Leaving Certificate Examination, 1918
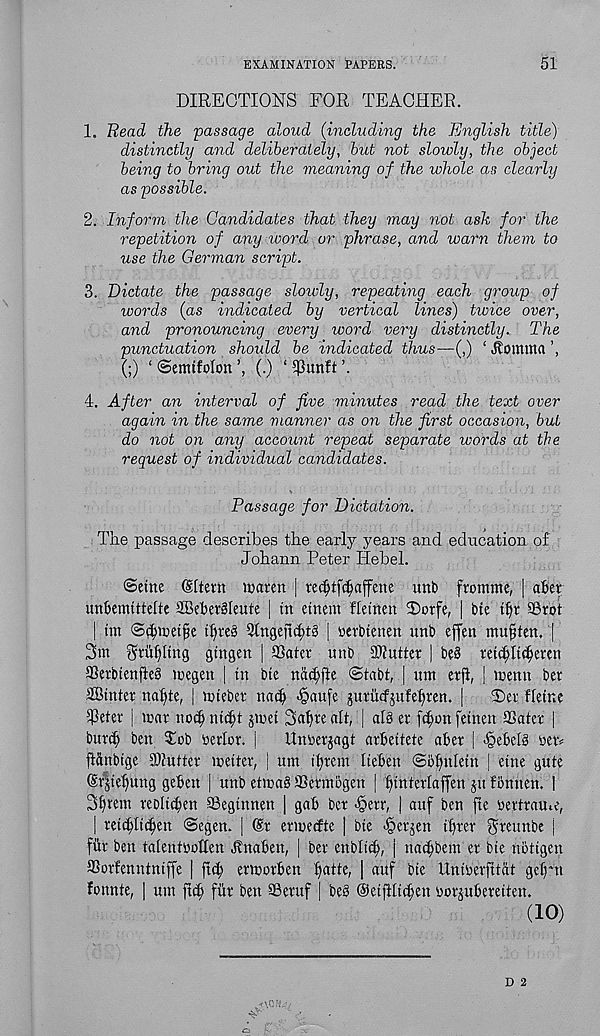
EXAMINATION PAPERS.
51
DIRECTIONS FOR TEACHER.
1. Bead the passage aloud (including the English title)
distinctly and deliberately, but not slowly, the object
being to bring out the meaning of the whole as clearly
as possible.
2. Inform the Candidates that they may not ask for the
repetition of any word or phrase, and warn them to
use the German script.
3. Dictate the passage slowly, repeating each group of
words (as indicated by vertical lines) twice over,
and pronouncing every word very distinctly. The
punctuation should be indicated thus—(,) ‘ Fomina
(;) ‘ ©emtfolon (.) ‘ qSunft
4. After an interval of five minutes read the text over
again in the same manner as on the first occasion, but
do not on any account repeat separate words at the
request of individual candidates.
Passage for Dictation.
The passage describes the early years and education of
Johann Peter Hebei.
Seine (Sftern nxmn | rei^tf^ajfene unt> fromme, | after
unftemittefte SBeftergkute j in etnem fletnen 25otfe, | bte tftr ©rot
| tm Scfticeife itjre§ 2tngeit$t§ j oerbtenen unb effen mufitett. ‘[
3m griipng gtngen | ©atcr unb Gutter | be§ ret(|Itc^eren
93erbtenfte3 megeu | in bie na^)fte Stabt, | urn erjl, j menu ber
Sinter natyte, | icieber nacft Jpaufe guriitfjufe^ren. |
S)er Heine
©eter j mar nod) nidjt jmei 3at>te alt, | at§ er f(^on fetnen Sater j
bnr^ ben $ob berlor. |
Unberjagt arfteitete after | -ipeftelS oerv
ftiinbige Sutter meiter, | um it)rem lieften So^nlein J etne gute
(Sr^ief)ung geften | unb etma^ Sermogen j ^interlaffen 511 fftnuen. I
3fytein reblicften ©eginnen | gaft ber <§err, \ auf ben fie oertrame,
| rei^lid^en Segen. | ©r ermedte | bte <§erjen iftrer ^reunbe j
fur ben falentbotten ^naften, | ber enblit^, | nacftbem er bte niitigen
SSorfenntniffe | ftd; ermorften fiatte, | auf bie Unifterfitat ge|nt
fonnte, | um ftc^ fiir ben ©eruf | beS @eijHicf)en oorjuftereiten.
(10)